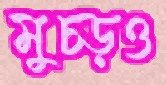
মুচ্‌ড়ও